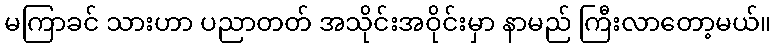
မကြာခင် သားဟာ ပညာတတ် အသိုင်းအဝိုင်းမှာ နာမည် ကြီးလာတော့မယ်။